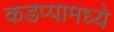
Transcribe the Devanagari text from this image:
कडप्पामध्ये